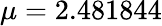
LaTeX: \mu=2.481844